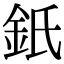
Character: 𨥌